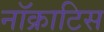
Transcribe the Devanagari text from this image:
नॉक्राटिस